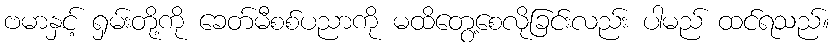
ဗမာနှင့် ရှမ်းတို့ကို ခေတ်မီစစ်ပညာကို မထိတွေ့စေလိုခြင်းလည်း ပါမည် ထင်ရသည်။